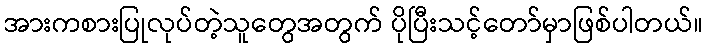
အားကစားပြုလုပ်တဲ့သူတွေအတွက် ပိုပြီးသင့်တော်မှာဖြစ်ပါတယ်။